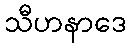
သီဟနာဒေ